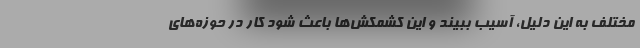
مختلف به این دلیل، آسیب ببیند و این کشمکش‌ها باعث شود کار در حوزه‌های